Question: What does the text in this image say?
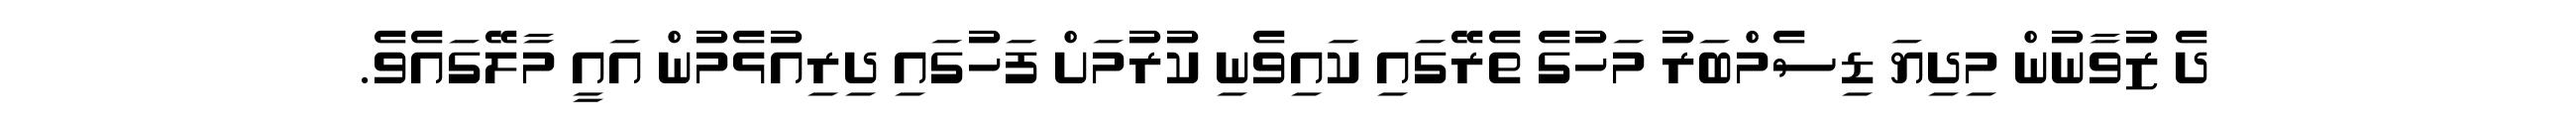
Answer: ދެ ޒުވާނުން މިދިޔަ ޑިސެމްބަރު މަހުގެ ތެރޭގައި ކައިވެނި ކުރުމަށް ފަހުގައި ދިރިއުޅެމުން އައީ މާލޭގައެވެ.